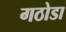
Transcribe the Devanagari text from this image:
गठोडा